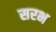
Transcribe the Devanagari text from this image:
सरभ